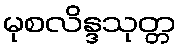
မုစလိန္ဒသုတ္တ